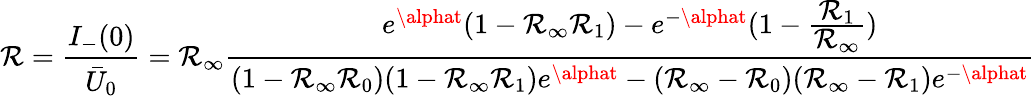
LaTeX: \mathcal{R}=\frac{{I_{-}(0)}}{{\bar{{U}}_{0}}}=\mathcal{R}_{\infty}\frac{{e^{\alphat}(1-\mathcal{R}_{\infty}\mathcal{R}_{1})-e^{-\alphat}(1-\frac{{\displaystyle\mathcal{R}_{1}}}{{\displaystyle\mathcal{R}_{\infty}}})}}{{(1-\mathcal{R}_{\infty}\mathcal{R}_{0})(1-\mathcal{R}_{\infty}\mathcal{R}_{1})e^{\alphat}-(\mathcal{R}_{\infty}-\mathcal{R}_{0})(\mathcal{R}_{\infty}-\mathcal{R}_{1})e^{-\alphat}}}